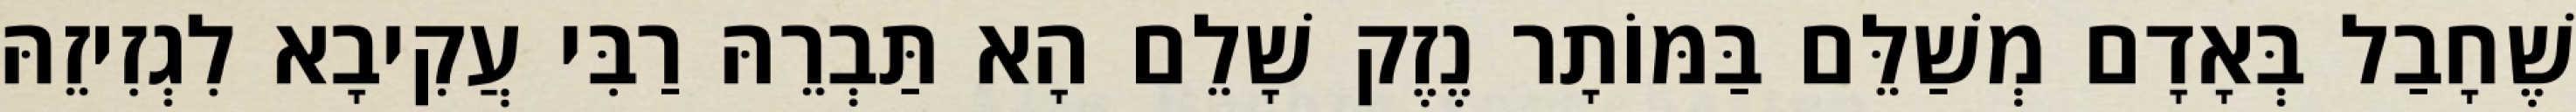
שֶׁחָבַל בְּאָדָם מְשַׁלֵּם בַּמּוֹתָר נֶזֶק שָׁלֵם הָא תַּבְרֵהּ רַבִּי עֲקִיבָא לִגְזִיזֵהּ